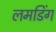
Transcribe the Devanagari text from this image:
लमडिंग